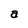
Character: a